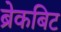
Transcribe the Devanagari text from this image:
ब्रेकबिट